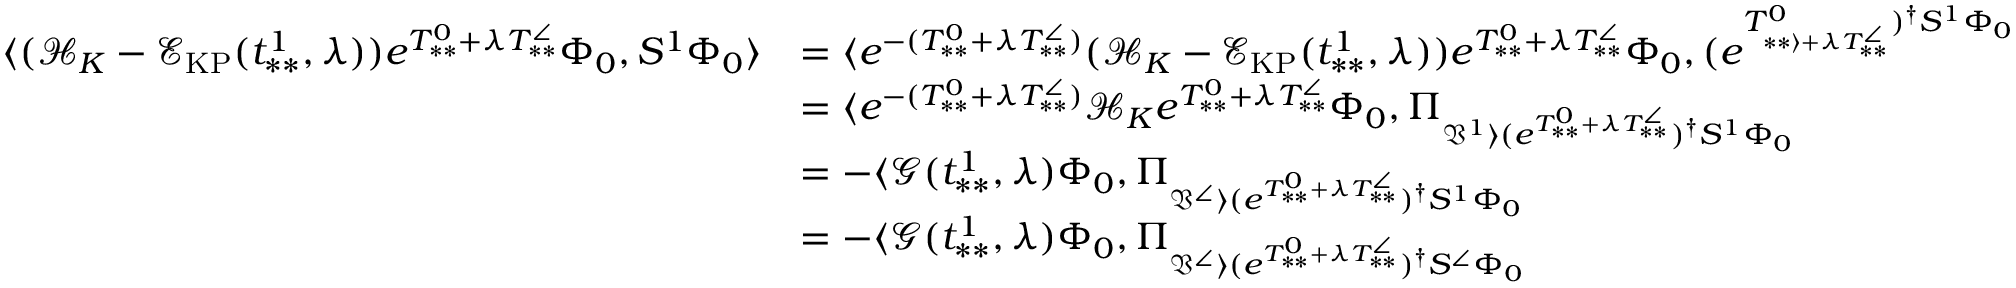
\begin{array} { r l } { \langle ( \mathcal { H } _ { K } - \mathcal { E } _ { \mathrm { K P } } ( t _ { * * } ^ { 1 } , \lambda ) ) e ^ { T _ { * * } ^ { 0 } + \lambda T _ { * * } ^ { \angle } } \Phi _ { 0 } , S ^ { 1 } \Phi _ { 0 } \rangle } & { = \langle e ^ { - ( T _ { * * } ^ { 0 } + \lambda T _ { * * } ^ { \angle } ) } ( \mathcal { H } _ { K } - \mathcal { E } _ { \mathrm { K P } } ( t _ { * * } ^ { 1 } , \lambda ) ) e ^ { T _ { * * } ^ { 0 } + \lambda T _ { * * } ^ { \angle } } \Phi _ { 0 } , ( e ^ { T _ { * * \rangle + \lambda T _ { * * } ^ { \angle } } ^ { 0 } ) ^ { \dag } S ^ { 1 } \Phi _ { 0 } } } \\ & { = \langle e ^ { - ( T _ { * * } ^ { 0 } + \lambda T _ { * * } ^ { \angle } ) } \mathcal { H } _ { K } e ^ { T _ { * * } ^ { 0 } + \lambda T _ { * * } ^ { \angle } } \Phi _ { 0 } , \Pi _ { \mathfrak { V } ^ { 1 } \rangle ( e ^ { T _ { * * } ^ { 0 } + \lambda T _ { * * } ^ { \angle } } ) ^ { \dag } S ^ { 1 } \Phi _ { 0 } } } \\ & { = - \langle \mathcal { G } ( t _ { * * } ^ { 1 } , \lambda ) \Phi _ { 0 } , \Pi _ { \mathfrak { V } ^ { \angle } \rangle ( e ^ { T _ { * * } ^ { 0 } + \lambda T _ { * * } ^ { \angle } } ) ^ { \dag } S ^ { 1 } \Phi _ { 0 } } } \\ & { = - \langle \mathcal { G } ( t _ { * * } ^ { 1 } , \lambda ) \Phi _ { 0 } , \Pi _ { \mathfrak { V } ^ { \angle } \rangle ( e ^ { T _ { * * } ^ { 0 } + \lambda T _ { * * } ^ { \angle } } ) ^ { \dag } S ^ { \angle } \Phi _ { 0 } } } \end{array}